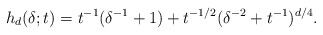
\begin{align*}h_d(\delta;t) = t^{-1}(\delta^{-1}+1) + t^{-1/2}(\delta^{-2} + t^{-1})^{d/4}.\end{align*}